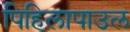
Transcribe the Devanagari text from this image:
पिहिलापाउल